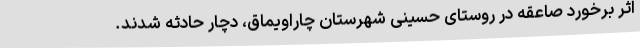
اثر برخورد صاعقه در روستای حسینی شهرستان چاراویماق، دچار حادثه شدند.